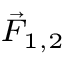
\scriptstyle { \vec { F } } _ { 1 , 2 }